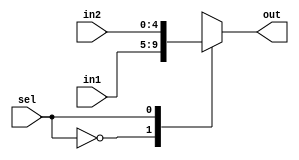

module Mux2to1_ir (in1 , in2 , sel , out);

input [4:0]in1, in2 ;
input sel ;

output reg [4:0] out ;

always @ (in1 , in2 , sel)
case (sel)
0 : out <= in1;
1 : out <= in2;

endcase


endmodule

module Mux2to1_alu (in1 , in2 , sel , out);

input [31:0]in1, in2 ;
input  sel ;

output reg [31:0] out ;

always @ (in1 , in2 , sel)
case (sel)
0 : out <= in1;
1 : out <= in2;

endcase


endmodule


module Mux3to1_31bit (in1 , in2 , in3, in4 ,sel , out);

input [31:0]in1, in2,in3,in4 ;
input [1:0] sel ;

output reg [31:0] out ;

always @ (in1 , in2 , in3 , in4 , sel) 
case (sel)
2'b00 : out <= in1;
2'b01 : out <= in2;
2'b10 : out <= in3;
2'b11 : out <= in4;

endcase


endmodule







module Mux3to1_5bit (in1 , in2 ,in3, sel , out);

input [4:0]in1, in2, in3 ;
input [1:0] sel ;

output reg [4:0] out ;

always @ (in1 , in2 , in3 , sel)
case (sel)
2'b00 : out <= in1;
2'b01 : out <= in2;
2'b10 : out <= in3;

endcase


endmodule